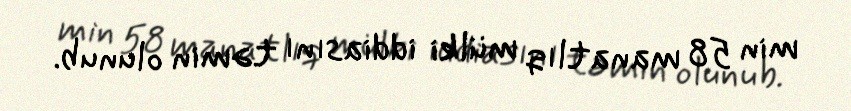
min 58 manatlıq mülki iddiasını təmin olunub.